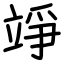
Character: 竫